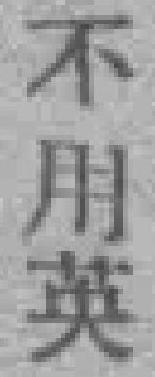
不用英